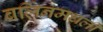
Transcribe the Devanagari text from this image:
बर्लिनमधली